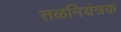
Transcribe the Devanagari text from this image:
तळनियंत्रक